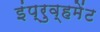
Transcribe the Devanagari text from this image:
इंप्रुव्हमेंट